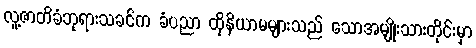
လူ့ဇာတိခံဘုရားသခင်က ခံပညာ ထိုနိယာမများသည် သောအမျိုးသားတိုင်းမှာ